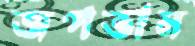
জপতাম